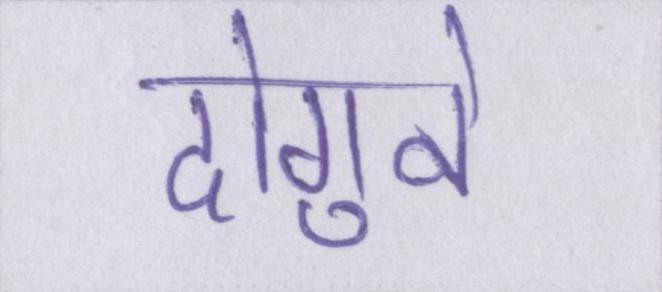
दोगुने